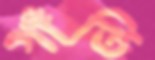
গাঁতি